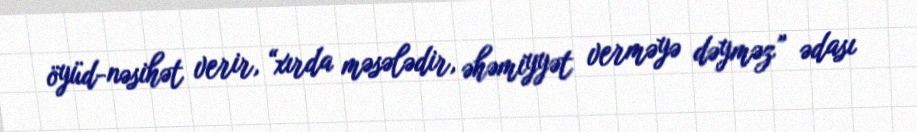
öyüd-nəsihət verir, “xırda məsələdir, əhəmiyyət verməyə dəyməz” ədası